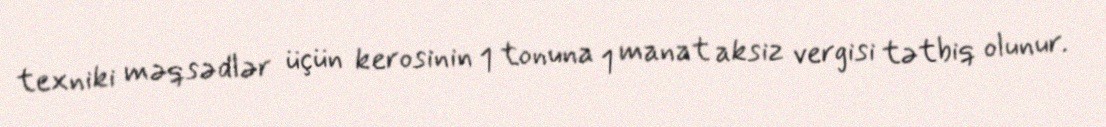
texniki məqsədlər üçün kerosinin 1 tonuna 1 manat aksiz vergisi tətbiq olunur.